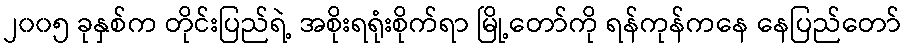
၂၀၀၅ ခုနှစ်က တိုင်းပြည်ရဲ့ အစိုးရရုံးစိုက်ရာ မြို့တော်ကို ရန်ကုန်ကနေ နေပြည်တော်